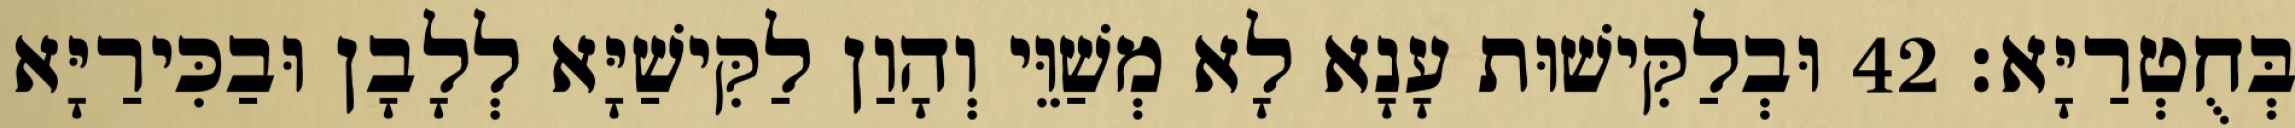
בְּחֻטְרַיָּא׃ 42 וּבְלַקִּישׁוּת עָנָא לָא מְשַׁוֵּי וְהָוַן לַקִּישַׁיָּא לְלָבָן וּבַכִּירַיָּא